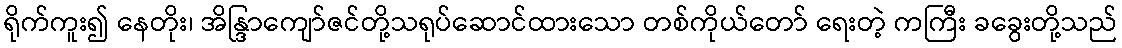
ရိုက်ကူး၍ နေတိုး၊ အိန္ဒြာကျော်ဇင်တို့သရုပ်ဆောင်ထားသော တစ်ကိုယ်တော် ရေးတဲ့ ကကြီး ခခွေးတို့သည်